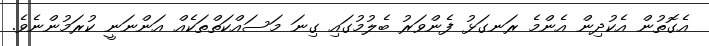
އެގޮތުން އެކުދިން އެންމެ ރަނގަޅު ފެންވަރު ބެލުމުގައި ގިނަ މަސައްކަތްތަކެއް އަންނަނީ ކުރަމުންނެވެ.